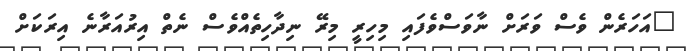
"އަހަރެން ވެސް ވަރަށް ނާވަސްވެފައި މިހިރީ މިރޭ ނިދާހިތެއްވެސް ނެތް އިރުއަރާނެ އިރަކަށް